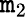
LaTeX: \mathtt{m}_{2}